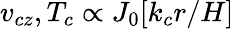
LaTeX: v_{cz},T_{c}\propto J_{0}[k_{c}r/H]